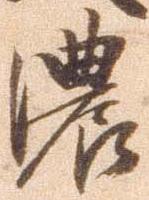
濃